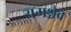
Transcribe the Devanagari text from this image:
यमश्चैव